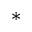
\ast